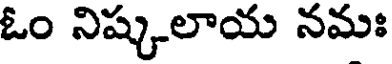
ఓం నిష్కలాయ నమః